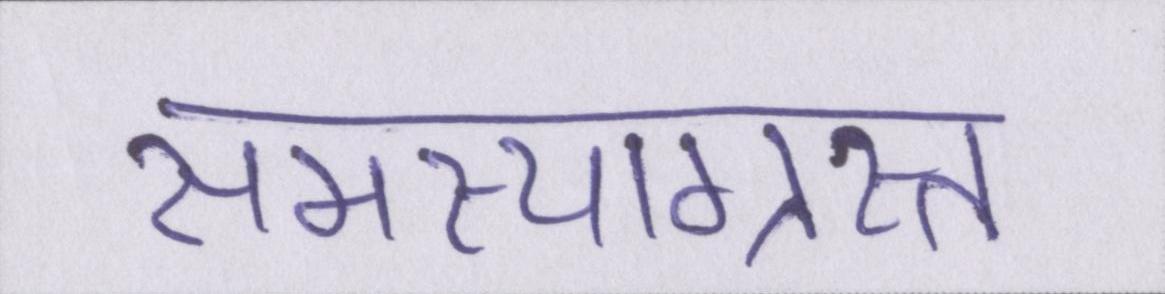
समस्याग्रस्त